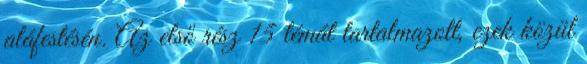
aláfestésén. Az első rész 15 témát tartalmazott, ezek közül